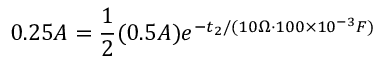
0 . 2 5 A = \frac { 1 } { 2 } ( 0 . 5 A ) e ^ { - t _ { 2 } / ( 1 0 \Omega \cdot 1 0 0 \times 1 0 ^ { - 3 } F ) }